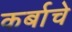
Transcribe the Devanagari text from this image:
कर्बाचे